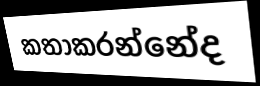
කතාකරන්නේද